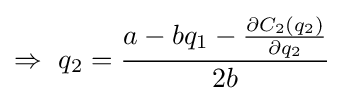
\Rightarrow \ q_{2}={\frac {a-bq_{1}-{\frac {\partial C_{2}(q_{2})}{\partial q_{2}}}}{2b}}